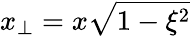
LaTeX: x_{\perp}=x\sqrt{1-\xi^{2}}